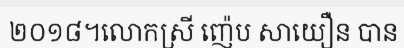
២០១៨។លោកស្រី ញ៉េប សាយឿន បាន